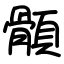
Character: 顝